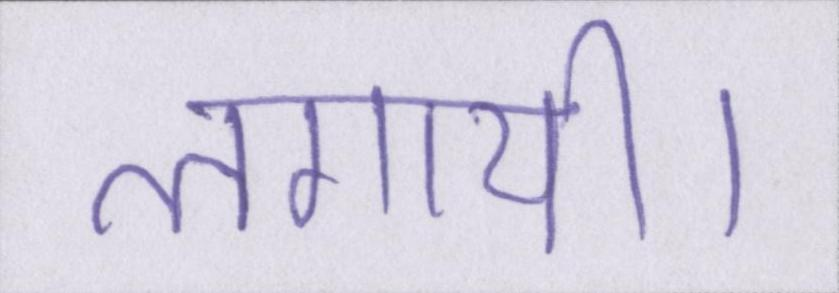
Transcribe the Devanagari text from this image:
लगायी।